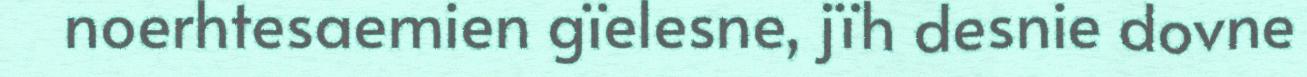
noerhtesaemien gïelesne, jïh desnie dovne